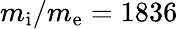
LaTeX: m_{\mathrm{i}}/m_{\mathrm{e}}=1836